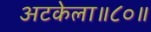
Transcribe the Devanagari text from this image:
अटकेला॥८०॥